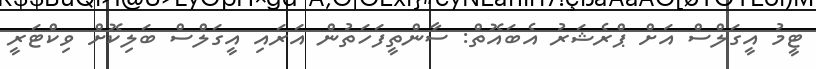
ޓީމު އީގަލްސް އަށް ޕްރެޝަރު އެބައޮތް: ސާންތީފަހަތުން އަރައި އީގަލްސް ބަލިކޮށް ވިކްޓަރީ